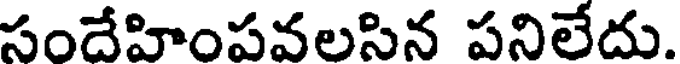
సందేహింపవలసిన పనిలేదు.